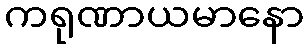
ကရုဏာယမာနော